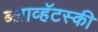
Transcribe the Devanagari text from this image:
ब्लाव्हॅटस्की